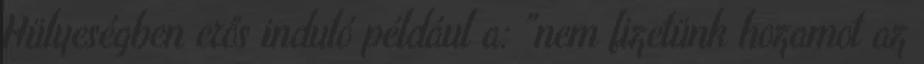
Hülyeségben erős induló például a: "nem fizetünk hozamot az